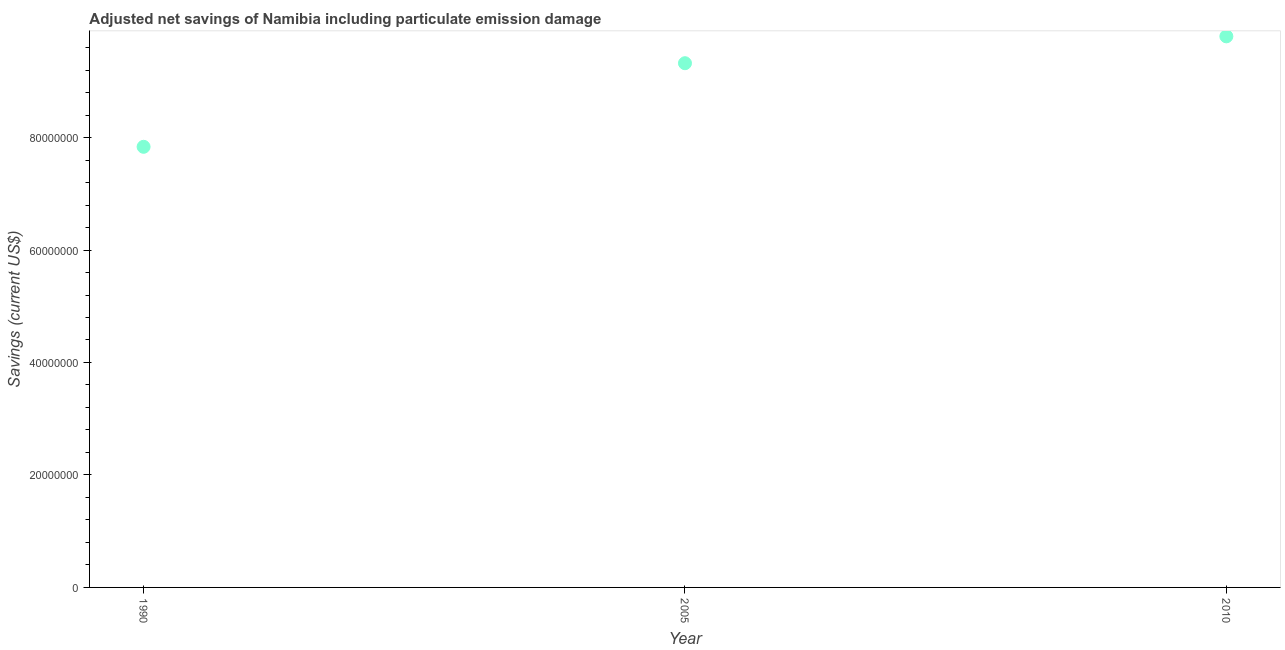
| Year | Adjusted savings: particulate emission damage (current US$) |
 | --- | --- |
 | 1990 | 7.84e+07 |
 | 2005 | 9.32e+07 |
 | 2010 | 9.8e+07 |